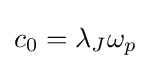
c_{0}=\lambda _{J}\omega _{p}